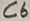
Text: C6